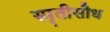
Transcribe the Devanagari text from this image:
स्मृतीसौध